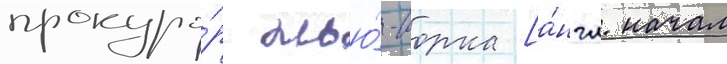
прокуро́р нью́-иорка [а́нгл. начал